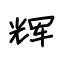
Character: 辉